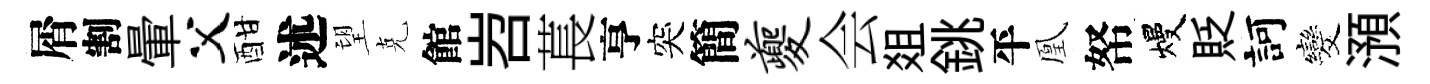
屑割暈父酣述望克館岧萇亨突簡夔会爼銚平凰帑熳貶訶发澦